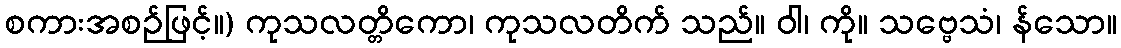
စကားအစဉ်ဖြင့်။) ကုသလတ္တိကော၊ ကုသလတိက် သည်။ ဝါ၊ ကို။ သဗ္ဗေသံ၊ န်သော။